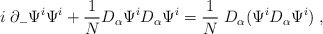
\begin{align*}i\;\partial_-\Psi^i \Psi^i + {1\over N}D_\alpha \Psi^i D_\alpha \Psi^i = {1\over N}\;D_\alpha (\Psi^i D_\alpha\Psi^i)\;,\end{align*}